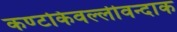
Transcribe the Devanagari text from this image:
कण्टकिवल्लीवन्दाक